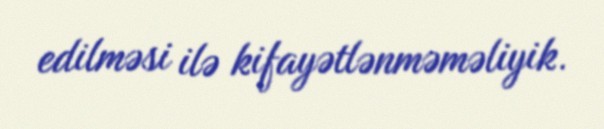
edilməsi ilə kifayətlənməməliyik.